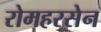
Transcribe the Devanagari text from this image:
रोमहरसेन